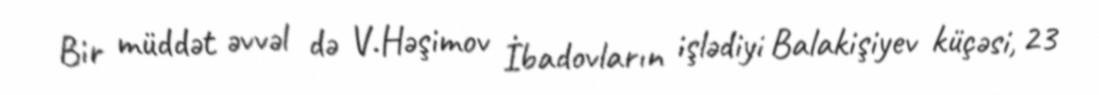
Bir müddət əvvəl də V.Həşimov İbadovların işlədiyi Balakişiyev küçəsi, 23